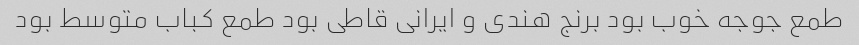
طمع جوجه خوب بود برنج هندی و ایرانی قاطی بود طمع کباب متوسط بود